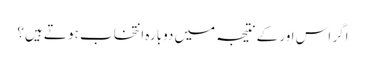
اگر اس اور کے نتیجہ میں دوبارہ انتخاب ہو تے ہیں؟